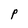
Character: P